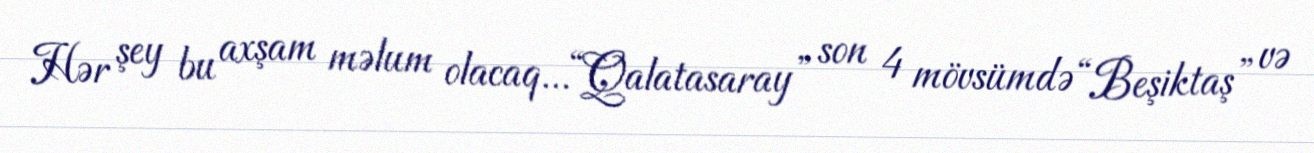
Hər şey bu axşam məlum olacaq...“Qalatasaray” son 4 mövsümdə “Beşiktaş” və